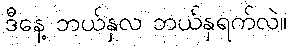
ဒီနေ့ ဘယ်နှလ ဘယ်နှရက်လဲ။